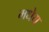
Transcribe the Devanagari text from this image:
मधेय